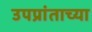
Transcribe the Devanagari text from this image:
उपप्रांताच्या